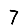
Digit: 7